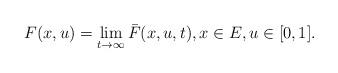
LaTeX: \begin{align*} F(x,u) = \lim_{t\to \infty} \bar F(x,u,t), x\in E, u\in [0,1]. \end{align*}